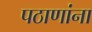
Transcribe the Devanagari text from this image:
पठाणांना